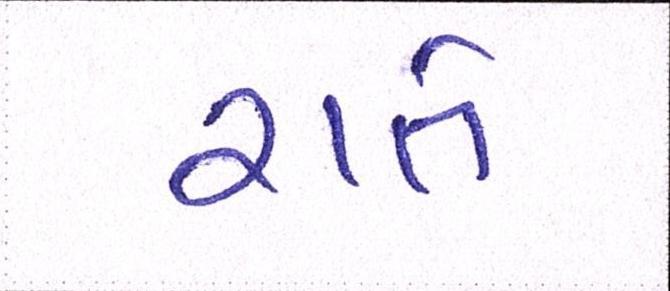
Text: રાતે